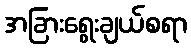
အခြားရွေးချယ်စရာ